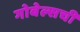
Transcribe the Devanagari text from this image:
गोबेल्सची